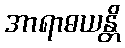
အာရာဓယန္တိ